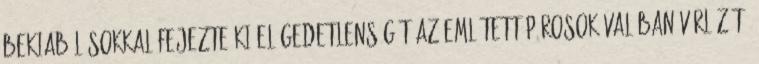
bekiabálásokkal fejezte ki elégedetlenségét az említett párosok valóban vérlázító